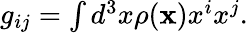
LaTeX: \begin{array}{r}{g_{ij}=\int d^{3}x\rho({\mathbf x})x^{i}x^{j}.}\end{array}